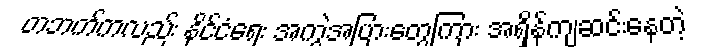
တဘက်ကလည်း နိုင်ငံရေး အကွဲအပြားတွေကြား အရှိန်ကျဆင်းနေတဲ့